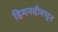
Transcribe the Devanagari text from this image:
हिमनदीमधून